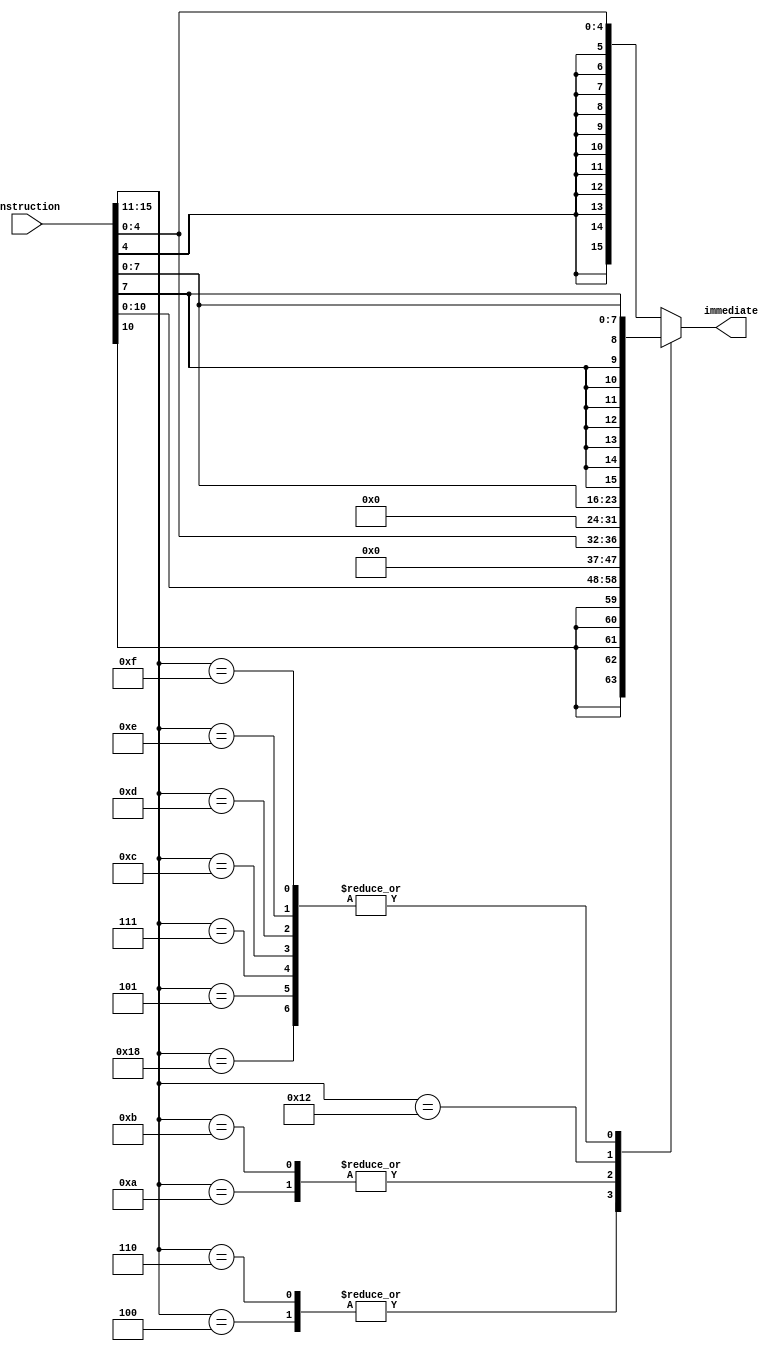
module extension_unit(instruction, immediate);

// There are 5 flavors of extending immediates, which are used by various instructions: 
//			5b zero extension, 
//			5b sign extension, 
//			8b zero extension, 
//			8b sign extension, 
//			and 11b sign extension

input [15:0] instruction;
output reg [15:0] immediate;
wire [4:0] opcode;

assign opcode = instruction[15:11];
always@(*) begin
   case(opcode)
		5'b00100: begin			// J (11b sign)
					immediate = {{5{instruction[10]}}, instruction[10:0]};
				 end
		5'b00110: begin			// JAL (11b sign)
					immediate = {{5{instruction[10]}}, instruction[10:0]};
				 end
		5'b01000: begin			// ADDI (5b sign)
					immediate = {{11{instruction[4]}}, instruction[4:0]};
				 end
		5'b01001: begin			// SUBI (5b sign)
					immediate = {{11{instruction[4]}}, instruction[4:0]};
				 end
		5'b01010: begin			// XORI (5b zero)
					immediate = {11'h0, instruction[4:0]};
				 end
		5'b01011: begin			// ANDNI (5b zero)
					immediate = {11'h0, instruction[4:0]};
				 end
		5'b11000: begin			// LBI (8b sign)
					immediate = {{8{instruction[7]}}, instruction[7:0]};
				 end
		5'b10010: begin			// SLBI (8b zero)
					immediate = {8'h0, instruction[7:0]};
				 end
		5'b00101: begin			// JR (8b sign)
					immediate = {{8{instruction[7]}}, instruction[7:0]};
				 end
		5'b00111: begin			// JALR (8b sign)
					immediate = {{8{instruction[7]}}, instruction[7:0]};
				 end
		5'b01100: begin			// BEQZ (8b sign)
					immediate = {{8{instruction[7]}}, instruction[7:0]};
				 end
		5'b01101: begin			// BNEZ (8b sign)
					immediate = {{8{instruction[7]}}, instruction[7:0]};
				 end
		5'b01110: begin			// BLTZ (8b sign)
					immediate = {{8{instruction[7]}}, instruction[7:0]};
				 end
		5'b01111: begin			// BGEZ (8b sign)
					immediate = {{8{instruction[7]}}, instruction[7:0]};
				 end
		default: immediate = {{11{instruction[4]}}, instruction[4:0]}; // only matters for ROLI, SLLI, RORI, SRLI - they take the bottom 4 bits. Otherwise - imm not used
   endcase
end

endmodule